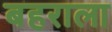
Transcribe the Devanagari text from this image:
बहराला